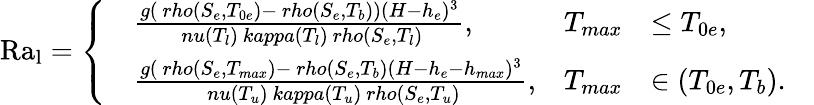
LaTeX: \mathrm{Ra_{l}=\left\{ \begin{array}{rlrlr}&{\frac{g(\ rho(S_{e},T_{0e})-\ rho(S_{e},T_{b}))(H-h_{e})^{3}}{\ nu(T_{l})\ kappa(T_{l})\ rho(S_{e},T_{l})},}&{T_{max}}&{\le T_{0e},}&\\ &{\frac{g(\ rho(S_{e},T_{max})-\ rho(S_{e},T_{b})(H-h_{e}-h_{max})^{3}}{\ nu(T_{u})\ kappa(T_{u})\ rho(S_{e},T_{u})},}&{T_{max}}&{\in(T_{0e},T_{b}).}&\end{array}\right.}